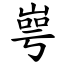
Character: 㟧